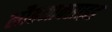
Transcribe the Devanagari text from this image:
लौहआक्साइड